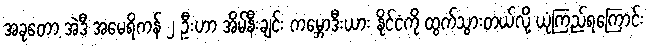
အခုတော့ အဲဒီ အမေရိကန် ၂ ဦးဟာ အိမ်နီးချင်း ကမ္ဘောဒီးယား နိုင်ငံကို ထွက်သွားတယ်လို့ ယုံကြည်ရကြောင်း